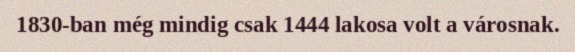
1830-ban még mindig csak 1444 lakosa volt a városnak.